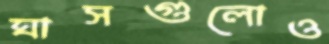
ঘাসগুলোও